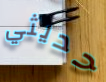
حديثي